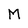
Character: M